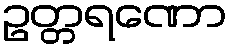
ဥတ္တရဏော